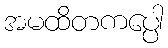
အမထိတကပ္ပေါ